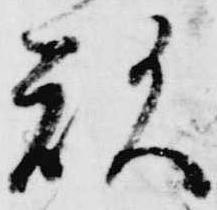
欲